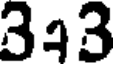
393